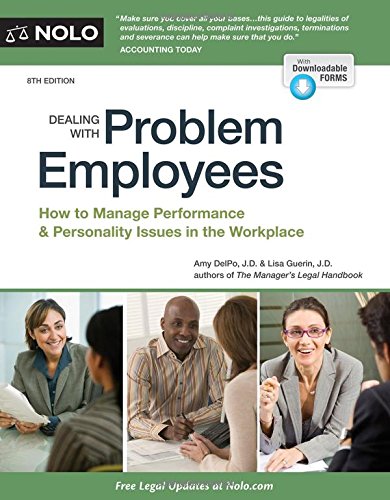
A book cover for Dealing With Problem Employees: How to Manage Performance & Personal Issues in the Workplace; Amy Delpo JD; Law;